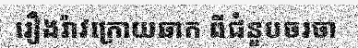
រឿងរ៉ាវក្រោយឆាក ពីជំនួបចរចា